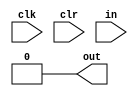
`timescale 1ns / 1ps
//////////////////////////////////////////////////////////////////////////////////
// Company: 
// Engineer: 
// 
// Design Name: 
// Module Name:    string 
// Project Name: 
// Target Devices: 
// Tool versions: 
// Description: 
//
// Dependencies: 
//
// Revision: 
// Revision 0.01 - File Created
// Additional Comments: 
//
//////////////////////////////////////////////////////////////////////////////////
module string(
    input clk,
    input clr,
    input [7:0] in,
    output out
    );
	
	reg [2:0] state;
	reg out_;
	assign out = (state==2'b01);

	
	initial begin
		out_ = 0;
		state = 2'b00;
	end
	
	always @(posedge clr) begin
			state <= 2'b00;
	end
	
	always @(posedge clk) begin
		if (clr==1)
			state <= 2'b00;
		else
			case(state)
				2'b00:
					begin
						if (in>="0" && in<="9")
							state <= 2'b01;
						else
							state <= 2'b11;
					end
				2'b01:
					begin
						if (in=="+" || in=="*")
							state <= 2'b10;
						else
							state <= 2'b11;
					end
				2'b10:
					begin
						if (in>="0" && in<="9")
							state <= 2'b01;
						else
							state <= 2'b11;
					end
				2'b11:
							state <= 2'b11;
			endcase
	end










endmodule